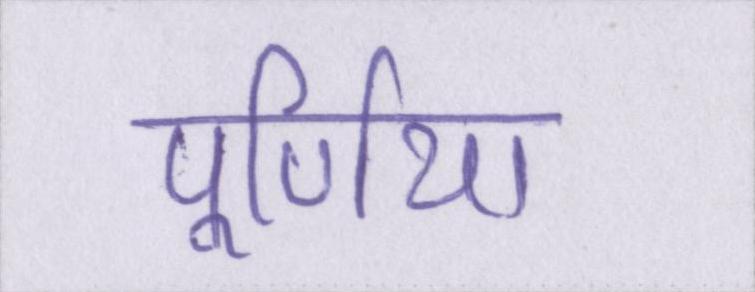
पूर्णिया